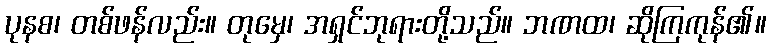
ပုနစ၊ တစ်ဖန်လည်း။ တုမှေ၊ အရှင်ဘုရားတို့သည်။ ဘဏထ၊ ဆိုကြကုန်၏။